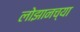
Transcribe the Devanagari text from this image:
लोझानच्या